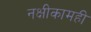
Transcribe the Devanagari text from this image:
नक्षीकामही